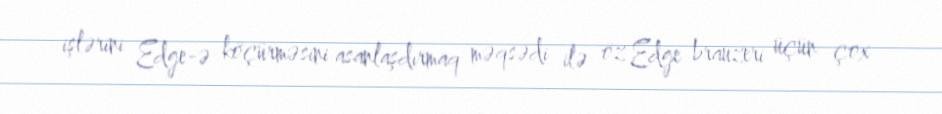
işlərini Edge-ə köçürməsini asanlaşdırmaq məqsədi ilə öz Edge brauzeri üçün çox